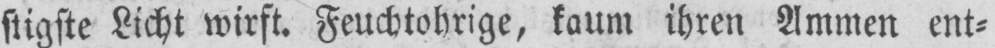
stigste Licht wirft. Feuchtohrige, kaum ihren Ammen ent⸗